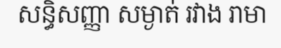
សន្ធិសញ្ញា សម្ងាត់ រវាង រាមា